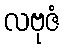
လဗုဇံ